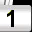
Digit: 1